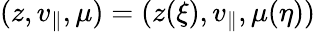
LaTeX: (z,v_{\parallel},\mu)=(z(\xi),v_{\parallel},\mu(\eta))